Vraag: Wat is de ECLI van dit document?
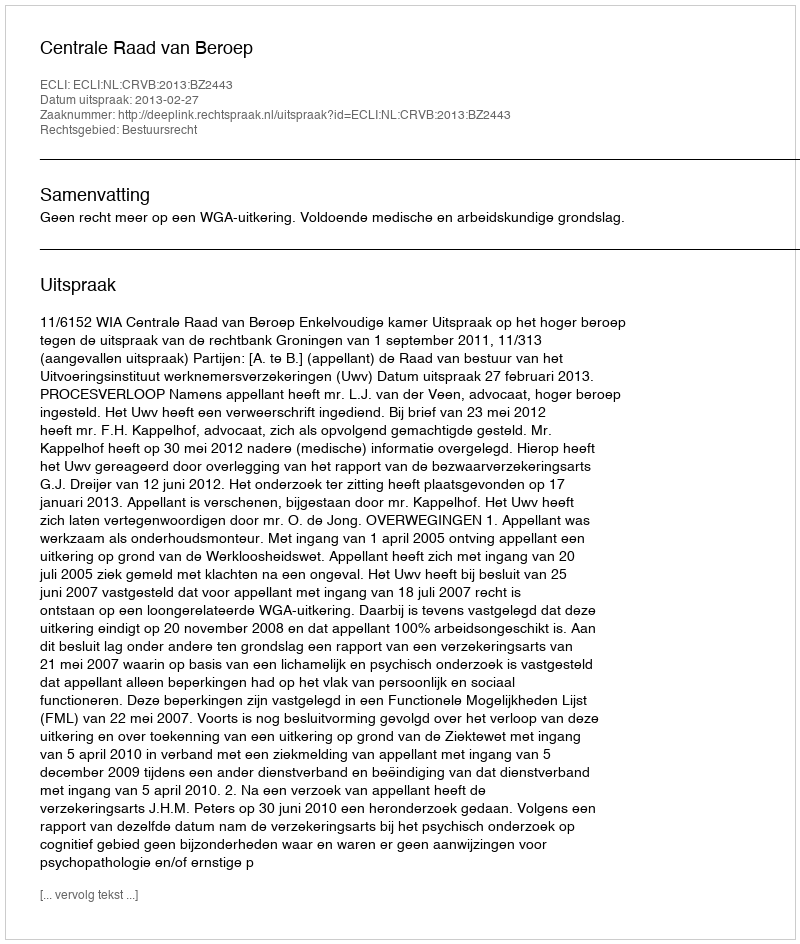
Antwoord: ECLI:NL:CRVB:2013:BZ2443